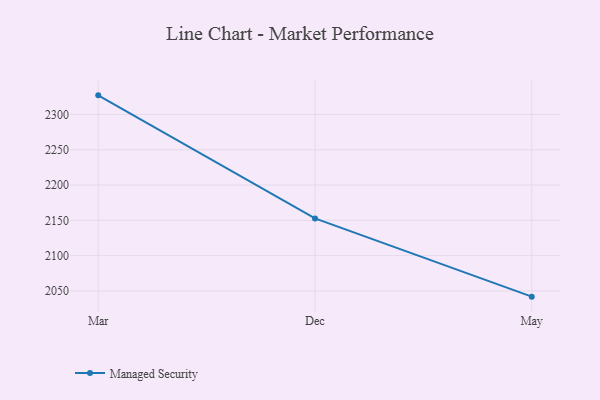
{"axis": {"x": "Month", "y": "Latency (ms)"}, "legend": ["Managed Security"], "data": [{"x": "Mar", "y": 2327.1, "type": "Managed Security"}, {"x": "Dec", "y": 2152.7, "type": "Managed Security"}, {"x": "May", "y": 2041.9, "type": "Managed Security"}]}